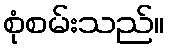
စုံစမ်းသည်။